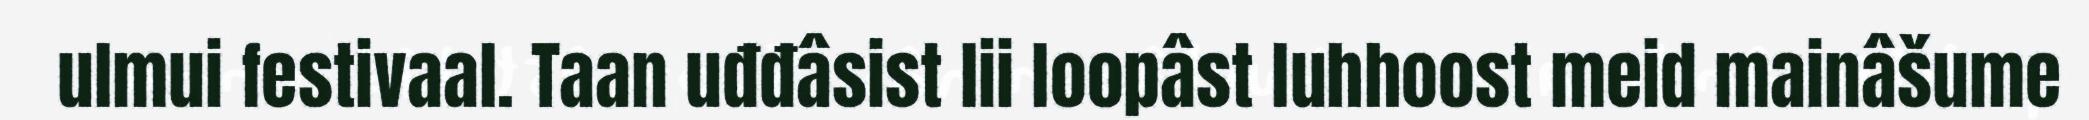
ulmui festivaal. Taan uđđâsist lii loopâst luhhoost meid mainâšume